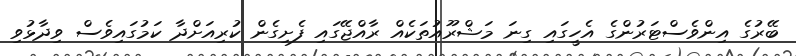
ބޭރުގެ އިންވެސްޓަރުންގެ އެހީގައި ގިނަ މަޝްރޫއުތަކެއް ރާއްޖޭގައި ފެށިގެން ކުރިއަށްދާ ކަމުގައިވެސް ވިދާޅުވި